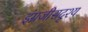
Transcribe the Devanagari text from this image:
इंग्रजीसदृश्य